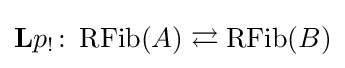
\mathbf {L} p_{!}\colon \operatorname {RFib} (A)\rightleftarrows \operatorname {RFib} (B)